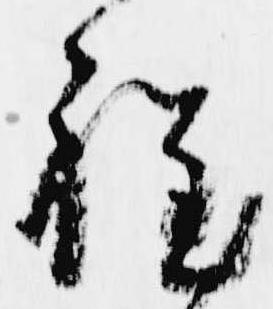
程